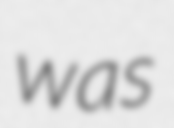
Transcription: was